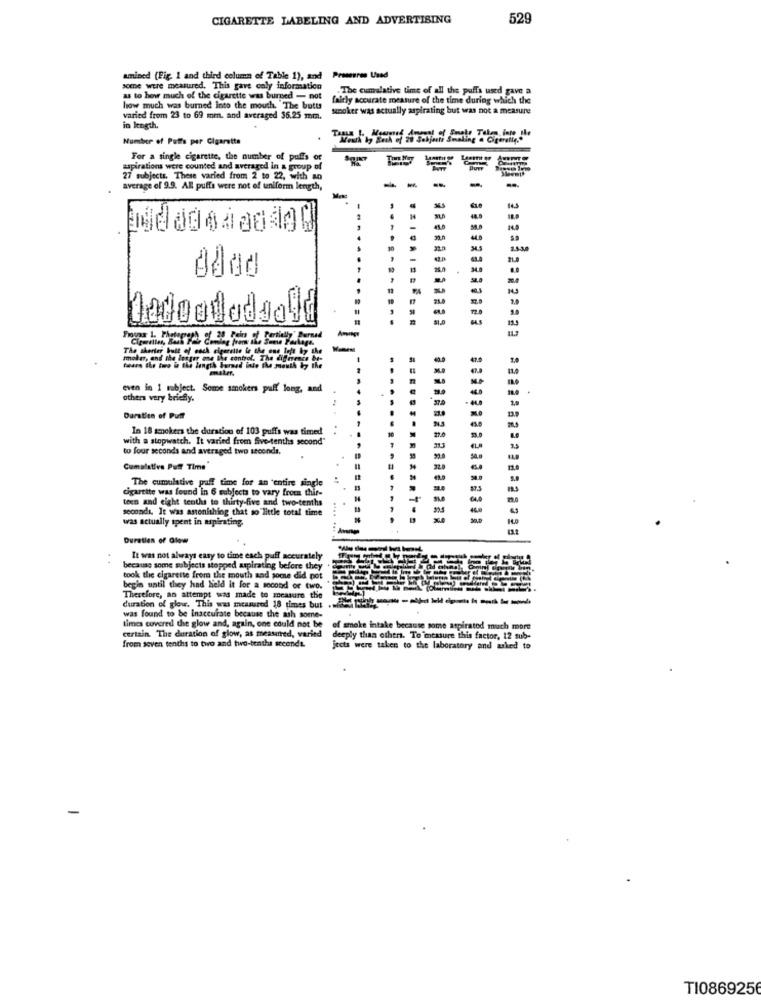
CIGARETTE LABELING AND ADVERTISING
529
amined (Fig. 1 and third column of Table 1), and
Pressures Used
some were measured. This gave caly information
The cumulative time of all the puffs used gave a
as to how much of the cigarette was burned - not
fairly accurate measure of the time during which the
how much was burned into the mouth. The butts
smoker was actually aspirating but was not a measure
varied from 23 to 69 mm. and averaged 36.25 mm.
in length.
Number of Puffs per Cigarette
For a single cigarette, the number of puffs of
aspirations were counted and averaged in a group of
27 subjects. These varied from 2 to 22, with an
--
-
-
average of 9.9. All puffs were not of uniform length,
-
2.5.30
........
Dedoodadsold
11.7
The shorter buit of each cigarette is the one
Lie control, The dif
tours the two in the length bummed inte the me
on in 1 subject. Some smokers puff long, and
others very briefly.
Duration of Puff
In 18 smokers the duration of 103 puffs was timed
27.0
with a stopwatch. It varied from five-tenths second"
to four seconds and averaged two seconds.
Cumulative Puff Time
32.0
The cumulative puff time for an entire single
cigarette was found in 6 subjects to vary from thir-
teen and eight tenths to thirty-five and two-tenths
seconds. It was astonishing that so little total time
was actually spent in apirating.
Duration of Glow
It was not always easy to time each puff accurately
because some subjects stopped aspirating before they
took the cigarette from the mouth and some did pot
begin until they had Held it for a second or two.
Therefore, an attempt was made to measure the
duration of glow. This was measured 18 times but
was found to be inaccurate because the ash some-
certain. The duration of glow, as measured, varied
times covered the glow and, again, one could not be
of smoke intake because some aspirated much more
from seven tenths to two and two-tenths seconds.
deeply than others. To measure this factor, 12 sub-
jects were taken to the laboratory and asked
T10869256